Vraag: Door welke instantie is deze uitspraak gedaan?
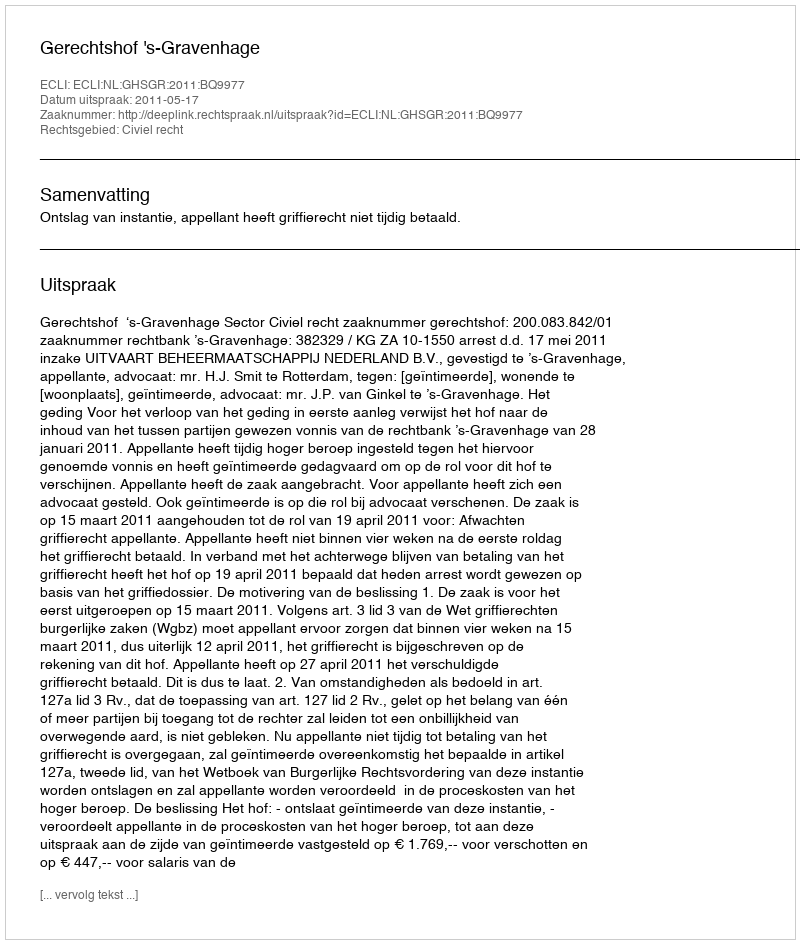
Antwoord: Gerechtshof 's-Gravenhage